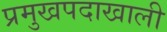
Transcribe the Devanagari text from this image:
प्रमुखपदाखाली